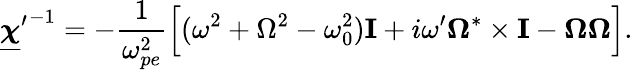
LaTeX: {\underline{{\boldsymbol{\chi}}}^{\prime}}^{-1}=-\frac{1}{\omega_{pe}^{2}}\Big[(\omega^{2}+\Omega^{2}-\omega_{0}^{2}){\mathbf I}+i\omega^{\prime}\boldsymbol\Omega^{*}\times{\mathbf I}-\boldsymbol\Omega\boldsymbol\Omega\Big].